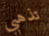
تذهبي